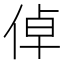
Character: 倬